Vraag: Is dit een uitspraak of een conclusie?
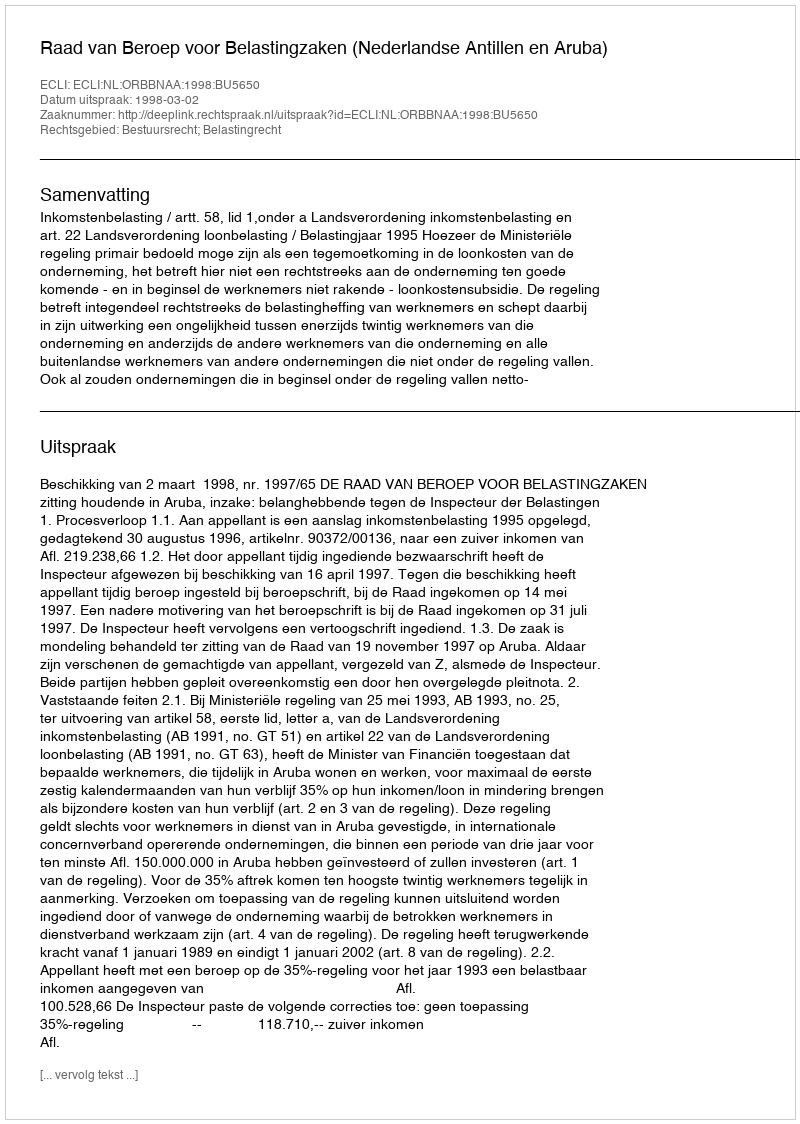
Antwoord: Uitspraak